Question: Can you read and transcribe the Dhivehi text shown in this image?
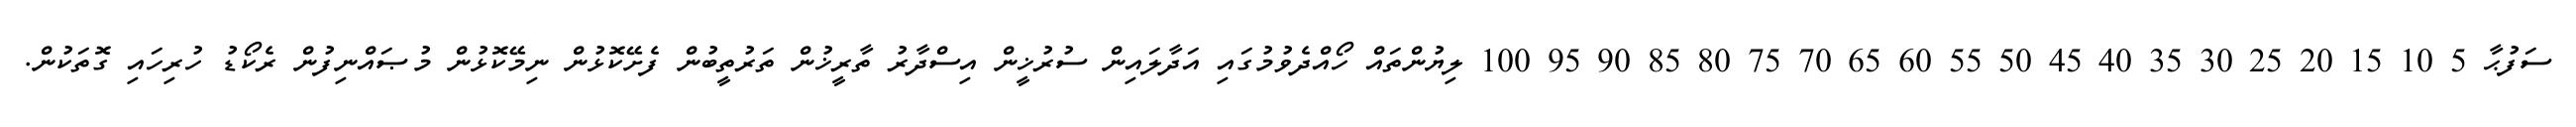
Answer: ސަފުޙާ 5 10 15 20 25 30 35 40 45 50 55 60 65 70 75 80 85 90 95 100 ލިޔުންތައް ހޯއްދެވުމުގައި އަދާލައިން ސުރުޚީން އިސްދާރު ތާރީޚުން ތަރުތީބުން ފެށޭކޮޅުން ނިމޭކޮޅުން މުޞައްނިފުން ރެކޯޑު ހުރިހައި ގޮތަކުން.